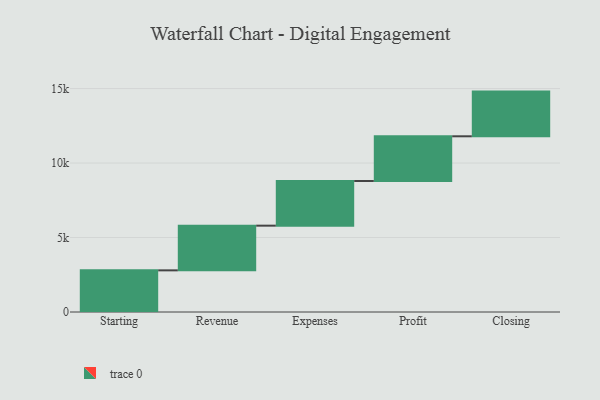
{"axis": {"x": "Step", "y": "Value"}, "legend": [""], "data": [{"x": "Starting", "y": 2796.0, "type": ""}, {"x": "Revenue", "y": 3000, "type": ""}, {"x": "Expenses", "y": 3000, "type": ""}, {"x": "Profit", "y": 3000, "type": ""}, {"x": "Closing", "y": 3000, "type": ""}]}